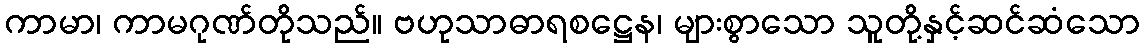
ကာမာ၊ ကာမဂုဏ်တိုသည်။ ဗဟုသာဓာရစဋ္ဌေန၊ များစွာသော သူတို့နှင့်ဆင်ဆံသော